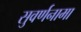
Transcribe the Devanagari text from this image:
सुवर्णनामा